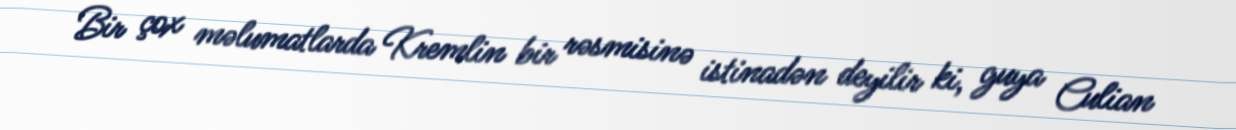
Bir çox məlumatlarda Kremlin bir rəsmisinə istinadən deyilir ki, guya Culian